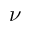
\nu